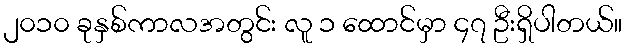
၂၀၁၀ ခုနှစ်ကာလအတွင်း လူ ၁ ထောင်မှာ ၄၇ ဦးရှိပါတယ်။